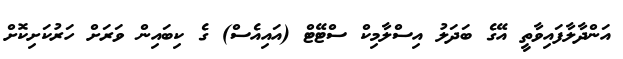
އަންދާލާފައިވާތީ އޭގެ ބަދަލު އިސްލާމިކް ސްޓޭޓް (އައިއެސް) ގެ ކިބައިން ވަރަށް ހަރުކަށިކޮށް